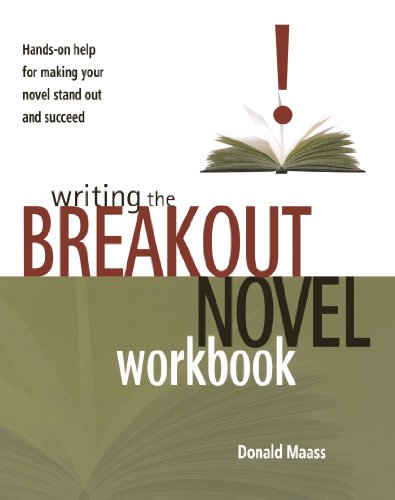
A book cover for Writing the Breakout Novel Workbook; Donald Maass; Reference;